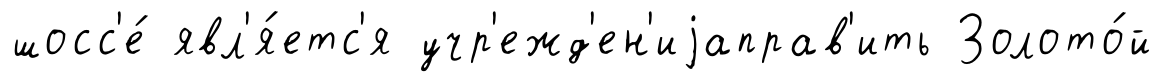
шосс'е́ явл'я́етс'я учр'ежд'ен'иjаправ'ить Золото́й